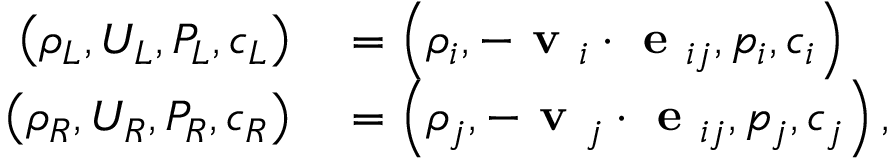
\begin{array} { r l } { \left( \rho _ { L } , U _ { L } , P _ { L } , c _ { L } \right) } & { { } = \left( \rho _ { i } , - \textbf { v } _ { i } \cdot \textbf { e } _ { i j } , p _ { i } , c _ { i } \right) } \\ { \left( \rho _ { R } , U _ { R } , P _ { R } , c _ { R } \right) } & { { } = \left( \rho _ { j } , - \textbf { v } _ { j } \cdot \textbf { e } _ { i j } , p _ { j } , c _ { j } \right) , } \end{array}